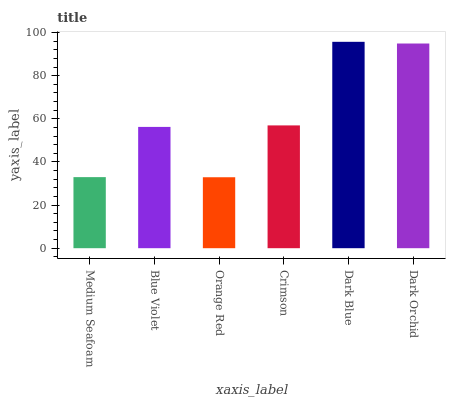
| xaxis_label | bars |
 | --- | --- |
 | Medium Seafoam | 33 |
 | Blue Violet | 56.2 |
 | Orange Red | 32.9 |
 | Crimson | 56.9 |
 | Dark Blue | 95.7 |
 | Dark Orchid | 94.9 |